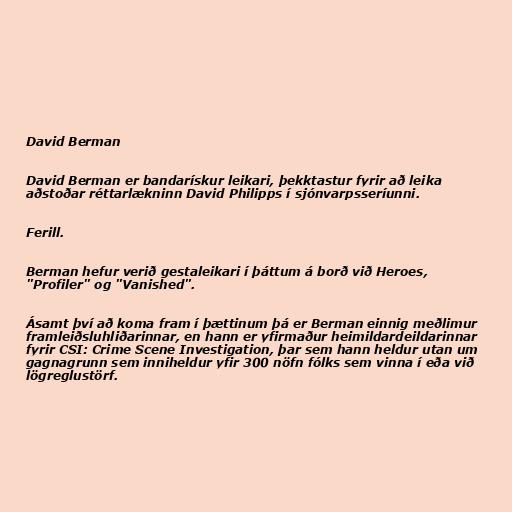
David Berman

David Berman er bandarískur leikari, þekktastur fyrir að leika
aðstoðar réttarlækninn David Philipps í sjónvarpsseríunni.

Ferill.

Berman hefur verið gestaleikari í þáttum á borð við Heroes,
"Profiler" og "Vanished".

Ásamt því að koma fram í þættinum þá er Berman einnig meðlimur
framleiðsluhliðarinnar, en hann er yfirmaður heimildardeildarinnar
fyrir CSI: Crime Scene Investigation, þar sem hann heldur utan um
gagnagrunn sem inniheldur yfir 300 nöfn fólks sem vinna í eða við
lögreglustörf.